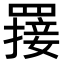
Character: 𦌈